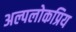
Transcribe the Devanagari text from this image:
अल्पलोकप्रिय